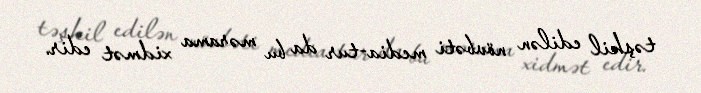
təşkil edilən növbəti media-tur da bu mərama xidmət edir.